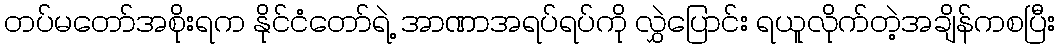
တပ်မတော်အစိုးရက နိုင်ငံတော်ရဲ့ အာဏာအရပ်ရပ်ကို လွှဲပြောင်း ရယူလိုက်တဲ့အချိန်ကစပြီး